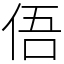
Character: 俉